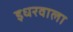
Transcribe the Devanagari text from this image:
इधरवाला